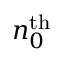
n _ { 0 } ^ { \mathrm { t h } }